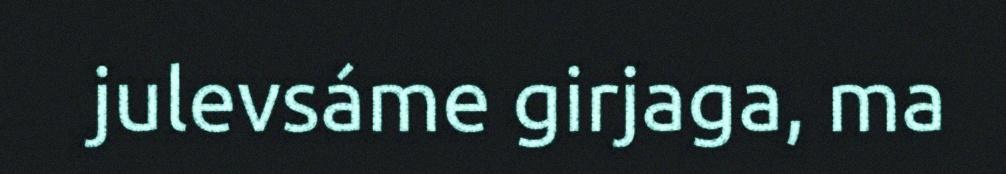
julevsáme girjaga, ma